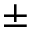
\pm